Lunatic asylums Punjab 1881-1894 - 1881-1894
Year: 1881
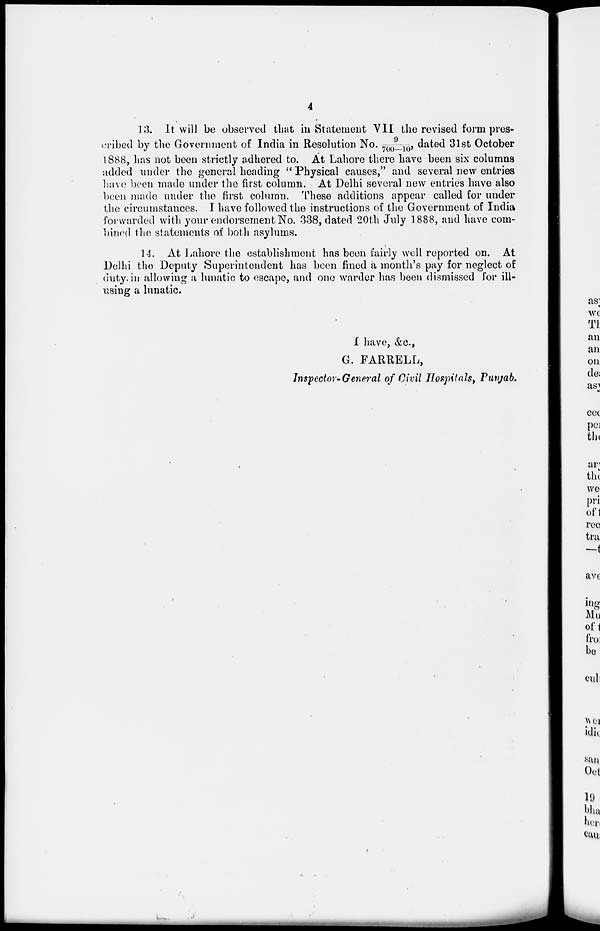
4
13. It will be observed that in Statement VII the revised form pres-
cribed by the Government of India in Resolution No. 9/700—10, dated 31 st October
1888, has not been strictly adhered to. At Lahore there have been six columns
added under the general heading " Physical causes," and several new entries
have been made under the first column. At Delhi several new entries have also
been made under the first column. These additions appear called for under
the circumstances. I have followed the instructions of the Government of India
forwarded with your endorsement No. 338, dated 20th July 1888, and have com-
bined the statements of both asylums.
14. At Lahore the establishment has been fairly well reported on. At
Delhi the Deputy Superintendent has been fined a month's pay for neglect of
duty in allowing a lunatic to escape, and one warder has been dismissed for ill-
using a lunatic.
I have, &c.,
G. FARRELL,
Inspector-General of Civil Hospitals, Punjab.